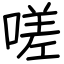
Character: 嗟